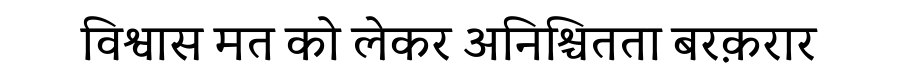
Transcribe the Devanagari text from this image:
विश्वास मत को लेकर अनिश्चितता बरक़रार